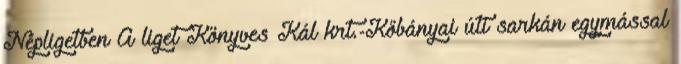
Népligetben A liget Könyves Kál krt.-Kőbányai úti sarkán egymással